Reports on military cantonments and civil stations in the Presidency of Bombay inspected by the Sanitary Commissioner in the years 1875 and 1876
Year: 1875
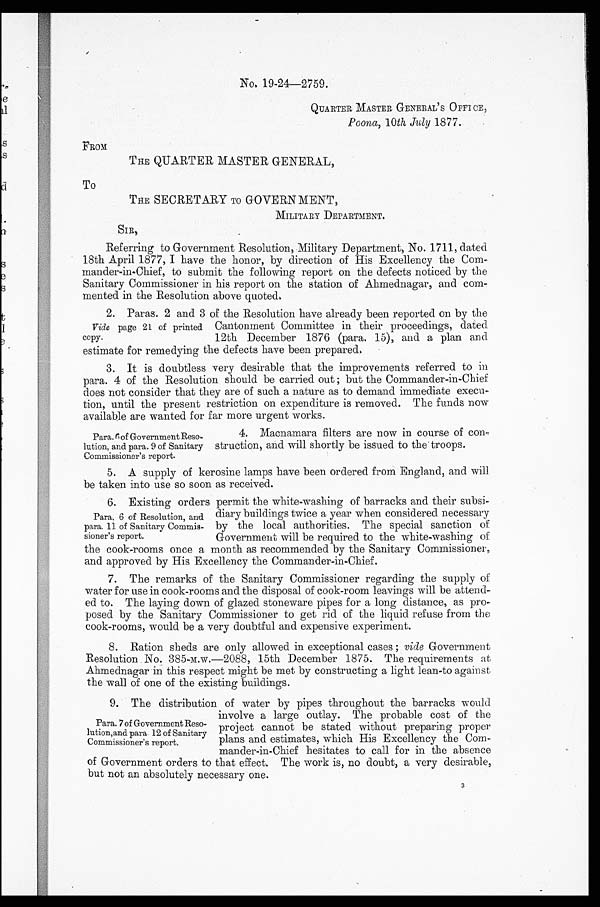
No. 19-24—2759.
QUARTER MASTER GENERAL'S OFFICE,
Poona, 10th July 1877.
FROM
THE QUARTER MASTER GENERAL,
To
THE SECRETARY TO GOVERN MENT,
MILITARY DEPARTMENT.
SIR,
•
Referring to Government Resolution, Military Department, No. 1711, dated.
18th April 1877, I have the honor, by direction of His Excellency the Com-
mander-in-Chief, to submit the following report on the defects noticed by the
Sanitary Commissioner in his report on the station of Ahmednagar, and com-
mented in the Resolution above quoted,
2. Paras. 2 and 3 of the Resolution have already been reported on by the
Cantonment Committee in their proceedings, dated.
12th December 1876 (para. 15), and a plan and
estimate for remedying the defects have been prepared.
3. It is doubtless very desirable that the improvements referred to in.
para. 4 of the Resolution should be carried out; but the Commander-in-Chief
does not consider that they are of such a nature as to demand immediate execu-
tion, until the present restriction on expenditure is removed. The funds now
available are wanted for far more urgent works.
Vide page 21 of printed
Copy.
Para. 6of Government Reso-
lution, and para. 9 of Sanitary
Commissioner's report.
4. Macnamara filters are now in course of con-
struction and will shortly be issued to the troops.
5. A supply of kerosine lamps have been ordered from England, and will
be taken into use so soon as received.
6. Existing orders -permit the white-washing of barracks and their subsi
-
Para. 6 of Resolution, and
para. 11 of Sanitary Commis-
sioner's report.
diary buildings twice a year when considered necessary
by the local authorities. The special sanction of
Government will be required to the white-washing of
the cook-rooms once a month as recommended by the Sanitary Commissioner,
and approved by His Excellency the Commander-in-Chief.
7. The remarks of the Sanitary Commissioner regarding the supply of
water for use in cook-rooms and the disposal of cook-room leavings will be attend-
ed to. The laying down of glazed stoneware pipes for a long distance, as pro-
posed by the Sanitary Commissioner to get rid of the liquid refuse from the
cook-rooms, would be a very doubtful and expensive experiment.
8. Ration sheds are only allowed in exceptional cases; vide Government
Resolution . No. 385-M.W.—2088, 15th December 1875. The requirements at
Ahmednagar in this respect might be met by constructing a light lean-to against
the wall of one of the existing buildings.
9. The distribution of water by pipes throughout the barracks would
involve a large outlay. The probable cost of the
project cannot be stated without preparing proper
plans and estimates, which His Excellency the Com-
mander-in-Chief hesitates to call for in the absence
of Government orders to that effect. The work is, no doubt, a very desirable,
but not an absolutely necessary one.
3
Para. 7 of Government
Reso-lution,and para 12 of Sanitary
Commissioner's report.